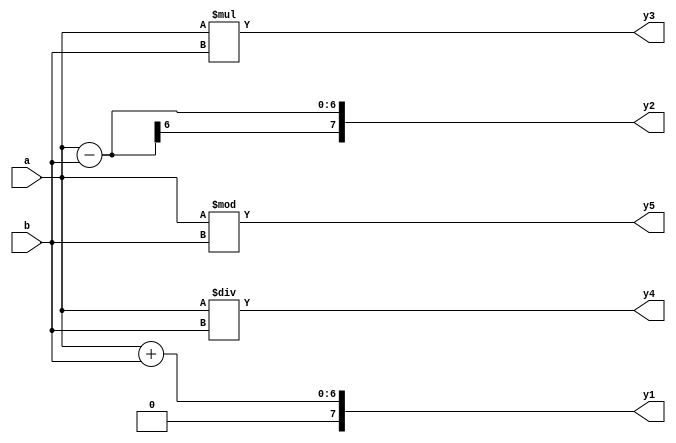
module arithmetic(
  input [5:0]a,b,
  output reg[7:0]y1,y2,y3,y4,y5);
  always @(*)begin
    y1=a+b;y2=a-b;y3=a*b;y4=a/b;y5=a%b;
  end
endmodule